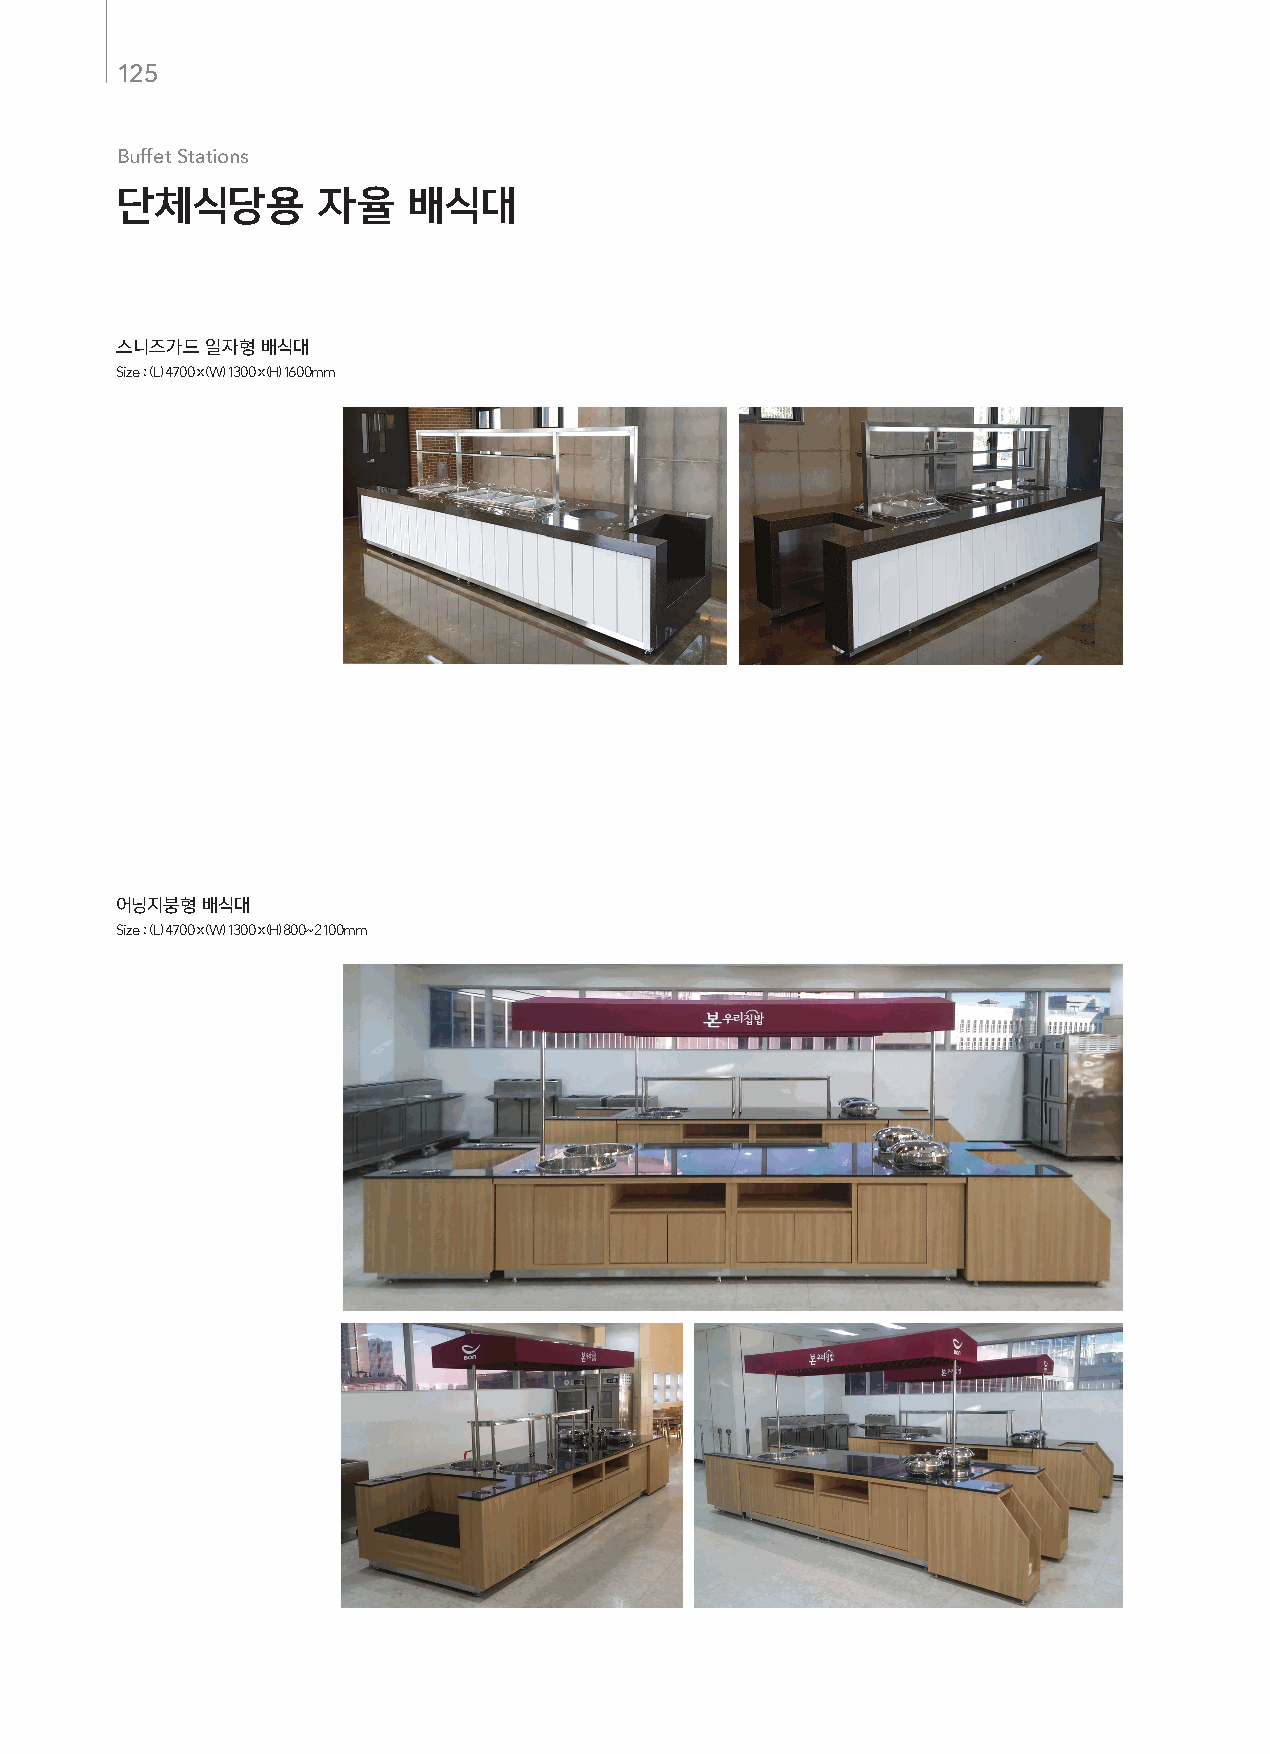
125
 Buffet Stations
 단체식당용        자율    배식대
 스니즈가드 일자형 배식대
 Size : (L) 4700 x (W) 1300 x (H) 1600mm
 어닝지붕형 배식대
 Size : (L) 4700 x (W) 1300 x (H) 800~2100mm